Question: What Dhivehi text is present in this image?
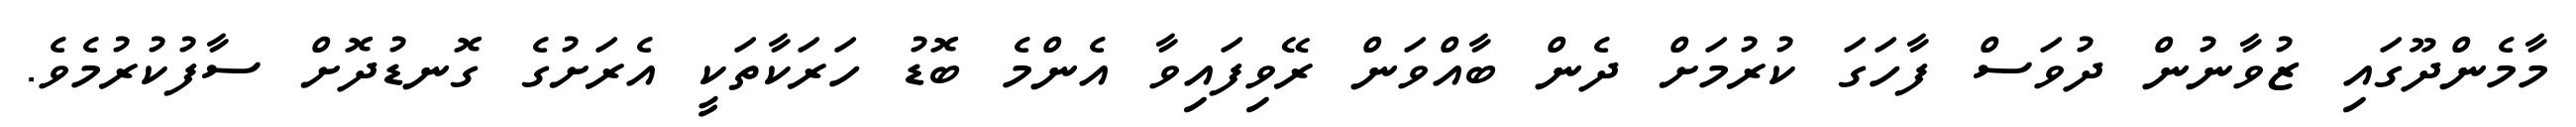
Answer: މާމެންދޫގައި ޒުވާނުން ދުވަސް ފާހަގަ ކުރުމަށް ދެން ބާއްވަން ރޭވިފައިވާ އެންމެ ބޮޑު ހަރަކާތަކީ އެރަށުގެ ގޮނޑުދޮށް ސާފުކުރުމެވެ.